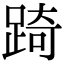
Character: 踦